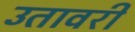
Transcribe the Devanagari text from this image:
उतावरी